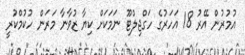
އުމުރުން އޭރު 18 އަހަރުގެ ހަގްޖިލްޓޫ ނަމަކަށް ކިޔާ ޒުވާނާ މަރަން ހުކުމްކުރީ